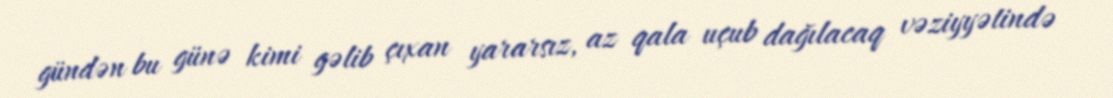
gündən bu günə kimi gəlib çıxan yararsız, az qala uçub dağılacaq vəziyyətində